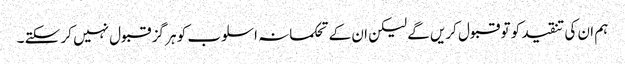
ہم ان کی تنقید کو تو قبول کریں گے لیکن ان کے تحکمانہ اسلوب کو ہر گز قبول نہیں کر سکتے ۔